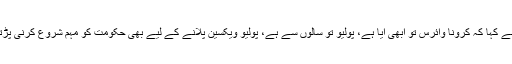
انہوں نے کہا کہ کرونا وائرس تو ابھی آیا ہے، پولیو تو سالوں سے ہے، پولیو ویکسین پلانے کے لیے بھی حکومت کو مہم شروع کرنی پڑتی ہے۔